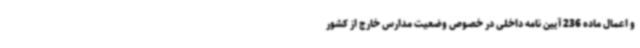
و اعمال ماده 236 آیین نامه داخلی در خصوص وضعیت مدارس خارج از کشور